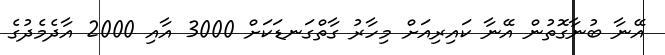
އޭނާ ބުނާގޮތުން އޭނާ ކައިރިއަށް މިހާރު ގާތްގަނޑަކަށް 3000 އާއި 2000 އާދެމެދުގެ